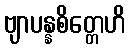
ဗျာပန္နစိတ္တေဟိ